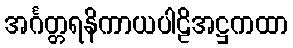
အင်္ဂတ္တရနိကာယပါဠိအဋ္ဌကထာ